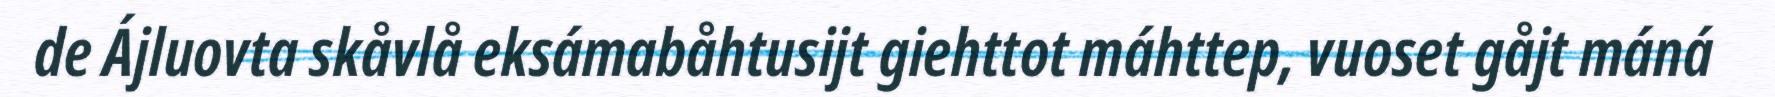
de Ájluovta skåvlå eksámabåhtusijt giehttot máhttep, vuoset gåjt máná